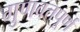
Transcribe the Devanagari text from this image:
गुणवत्तपूर्ण